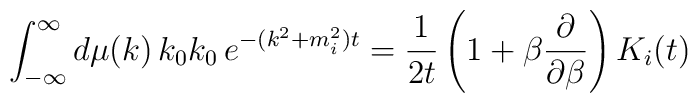
\int_{-\infty }^\infty d\mu (k)\,k_0k_0\,e^{-(k^2+m_i^2)t}=\frac 1{2t}\left(1+\beta \frac \partial {\partial \beta }\right) K_i(t)